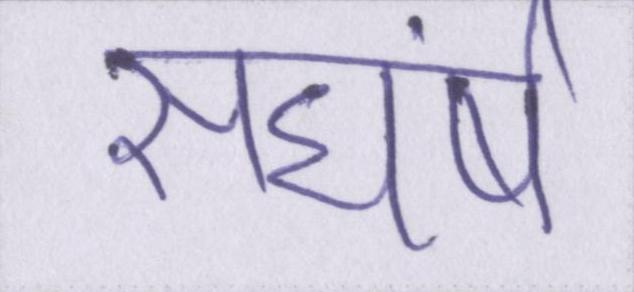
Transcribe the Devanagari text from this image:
सघंर्ष